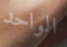
الواحد